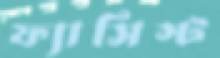
ফ্যাসিস্ট